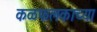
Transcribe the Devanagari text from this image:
कळफलकाच्या